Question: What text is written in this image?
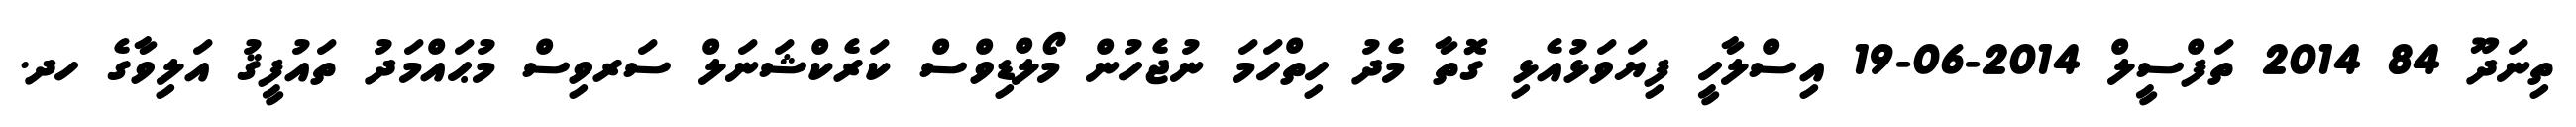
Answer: ތިނަދޫ 84 2014 ތަފްސީލް 2014-06-19 އިސްލާހީ ފިޔަވަޅުއެޅި ގޮތާ މެދު ހިތްހަމަ ނުޖެހުން މޯލްޑިވްސް ކަރެކްޝަނަލް ސަރވިސް މުޙައްމަދު ތައުފީޤު އަލިވާގެ ހދ.